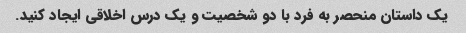
یک داستان منحصر به فرد با دو شخصیت و یک درس اخلاقی ایجاد کنید.